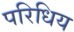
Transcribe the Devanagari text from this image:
परिधिय